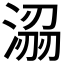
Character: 𭱟